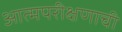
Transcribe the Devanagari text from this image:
आत्मपरीक्षणाची